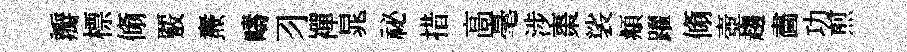
瓣標翛覈燾疇习襌晁祕措高毫涉棗裟頫躍翛壺趨畵功煎